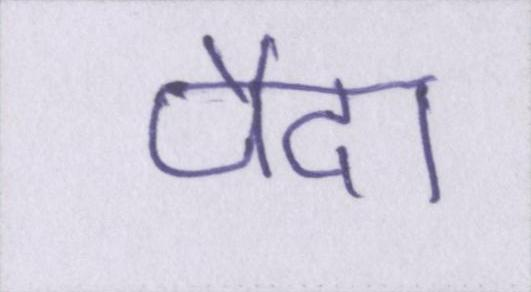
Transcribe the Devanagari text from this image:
पैदा